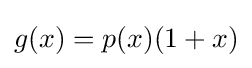
g(x)=p(x)(1+x)